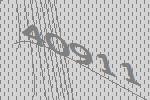
40911